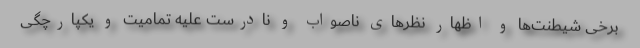
برخی شیطنت‌ها و اظهار نظر‌های ناصواب و نادرست علیه تمامیت و یکپارچگی